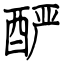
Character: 酽